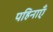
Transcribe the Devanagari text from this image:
पहिनाएँ